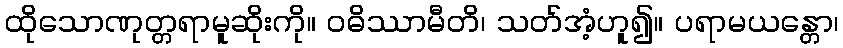
ထိုသောဏုတ္တရာမူဆိုးကို။ ဝဓိဿာမီတိ၊ သတ်အံ့ဟူ၍။ ပရာမယန္တော၊